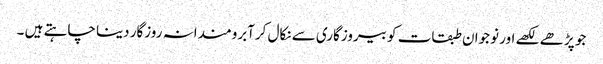
جو پڑھے لکھے اور نوجوان طبقات کو بیروزگاری سے نکال کرآبرومندانہ روزگار دینا چاہتے ہیں ۔